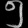
Digit: ၅